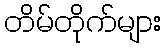
တိမ်တိုက်များ